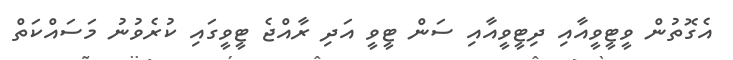
އެގޮތުން ވީޓީވީއާއި ދިޓީވީއާއި ސަން ޓީވީ އަދި ރާއްޖެ ޓީވީގައި ކުރެވުނު މަސައްކަތް